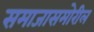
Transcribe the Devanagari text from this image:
समाजासमोरील